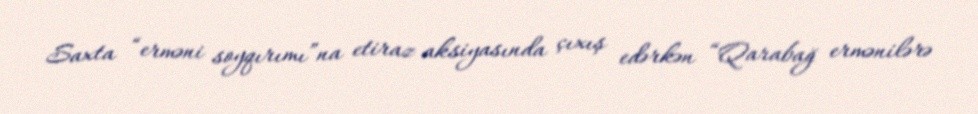
Saxta “erməni soyqırımı”na etiraz aksiyasında çıxış edərkən “Qarabağ ermənilərə